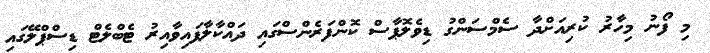
މި ފޯނު މިހާރު ކުރިއަށްދާ ސެމްސަންގު ޑިވެލޮޕާސް ކޮންފަރެންސްގައި ދައްކާލާފައިވާއިރު ޓެބްލެޓް ޑިސްޕްލޭގައި